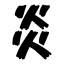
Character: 炎